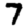
Digit: 7